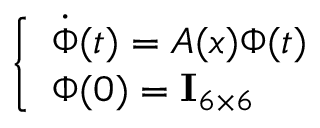
\left\{ \begin{array} { l } { \dot { \Phi } ( t ) = \boldsymbol { A } ( \boldsymbol { x } ) \Phi ( t ) } \\ { \Phi ( 0 ) = \mathbf { I } _ { 6 \times 6 } } \end{array} \right.